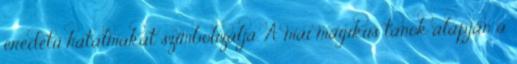
eredetű hatalmakat szimbolizálja. A mai mágikus tanok alapján a